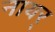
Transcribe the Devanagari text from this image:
नायर्